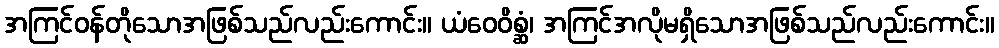
အကြင်ဝန်တိုသောအဖြစ်သည်လည်းကောင်း။ ယံဝေဝိစ္ဆံ၊ အကြင်အလိုမရှိသောအဖြစ်သည်လည်းကောင်း။